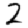
Digit: 2